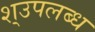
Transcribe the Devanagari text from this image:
श्उपलब्ध